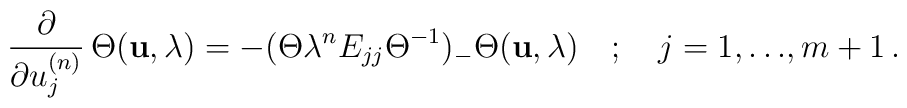
\frac{\partial  }{ \partial  u^{(n)}_j} \, \Theta ({\bf u}, \lambda) = - (\Theta \lambda^n E_{jj}{\Theta}^{-1})_{-} \Theta ({\bf u}, \lambda) \quad ; \quad j =1, {\ldots} ,m+1 \, .